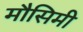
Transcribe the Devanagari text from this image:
मौसिमी